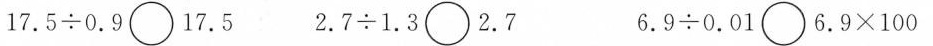
17.5÷0.9\circ 17.5 2.7÷1.3\circ 2.7 6.9÷0.01\circ 6.9×100